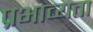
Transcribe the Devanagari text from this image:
प्रभाव्यता